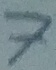
Text: 7